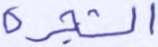
والشجرة